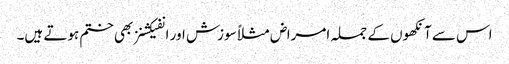
اس سے آنکھوں کے جملہ امراض مثلاً سوزش اور انفیکشنز بھی ختم ہوتے ہیں۔